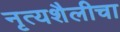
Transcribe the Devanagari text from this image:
नृत्यशैलीचा